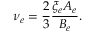
\nu _ { e } = \frac 2 3 \frac { \xi _ { e } A _ { e } } { B _ { e } } .